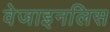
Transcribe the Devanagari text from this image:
वेजाइनलिस